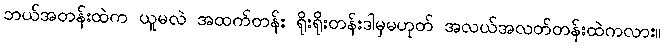
ဘယ်အတန်းထဲက ယူမလဲ အထက်တန်း ရိုးရိုးတန်းဒါမှမဟုတ် အလယ်အလတ်တန်းထဲကလား။